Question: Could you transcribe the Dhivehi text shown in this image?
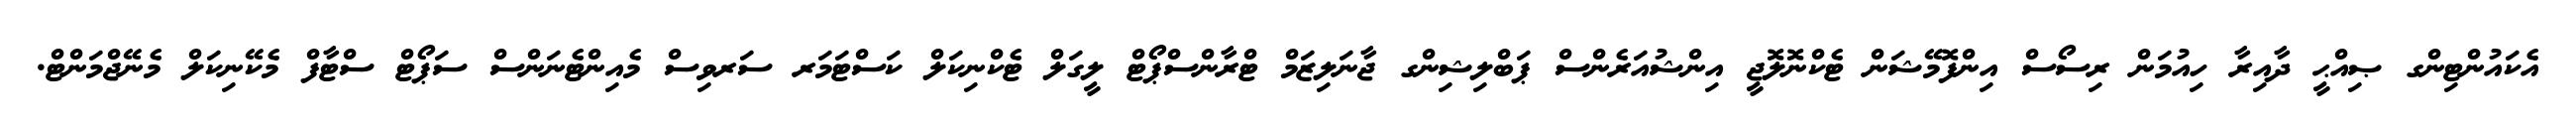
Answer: އެކައުންޓިންގ ޞިއްޙީ ދާއިރާ ހިއުމަން ރިސޯސް އިންފޮމޭޝަން ޓެކްނޮލޮޖީ އިންޝުއަރެންސް ޕަބްލިޝިންގ ޖާނަލިޒަމް ޓްރާންސްޕޯޓް ލީގަލް ޓެކްނިކަލް ކަސްޓަމަރ ސަރވިސް މެއިންޓެނަންސް ސަޕޯޓް ސްޓާފް މެކޭނިކަލް މެނޭޖްމަންޓް.